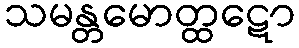
သမန္တမောတ္ထဋော